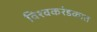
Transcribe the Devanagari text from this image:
विश्वकरंडकात